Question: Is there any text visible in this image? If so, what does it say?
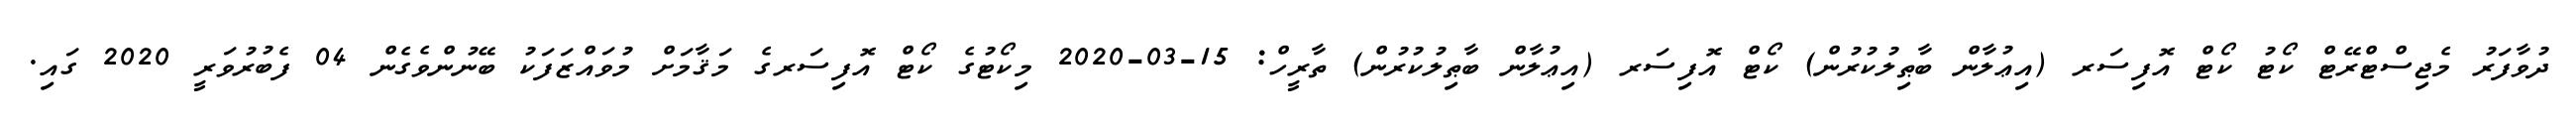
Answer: ދުވާފަރު މެޖިސްޓްރޭޓް ކޯޓު ކޯޓް އޮފިސަރ (އިޢުލާން ބާޠިލުކުރުން) ކޯޓް އޮފިސަރ (އިޢުލާން ބާޠިލުކުރުން) ތާރީހް: 15-03-2020 މިކޯޓުގެ ކޯޓް އޮފިސަރގެ މަޤާމަށް މުވައްޒަފަކު ބޭނުންވެގެން 04 ފެބުރުވަރީ 2020 ގައި.